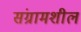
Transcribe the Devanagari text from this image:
संग्रामशील